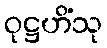
ဝုဋ္ဌဟိံသု